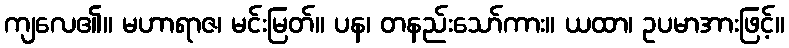
ကျလေ၏။ မဟာရာဇ၊ မင်းမြတ်။ ပန၊ တနည်းသော်ကား။ ယထာ၊ ဥပမာအားဖြင့်။